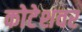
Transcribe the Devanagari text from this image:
कोटेशवर